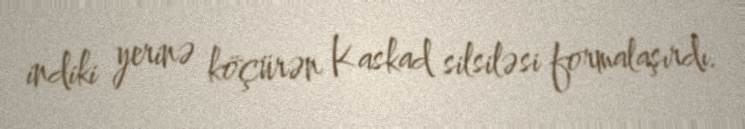
indiki yerinə köçürən Kaskad silsiləsi formalaşırdı.